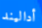
أداليند